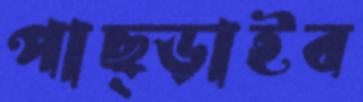
পাছ্‌ড়াইব